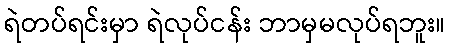
ရဲတပ်ရင်းမှာ ရဲလုပ်ငန်း ဘာမှမလုပ်ရဘူး။